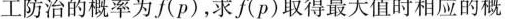
工防治的概率为f(p)，求f(p)取得最大值时相应的概